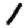
Digit: 1